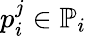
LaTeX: p_{i}^{j}\in\mathbb{P}_{i}